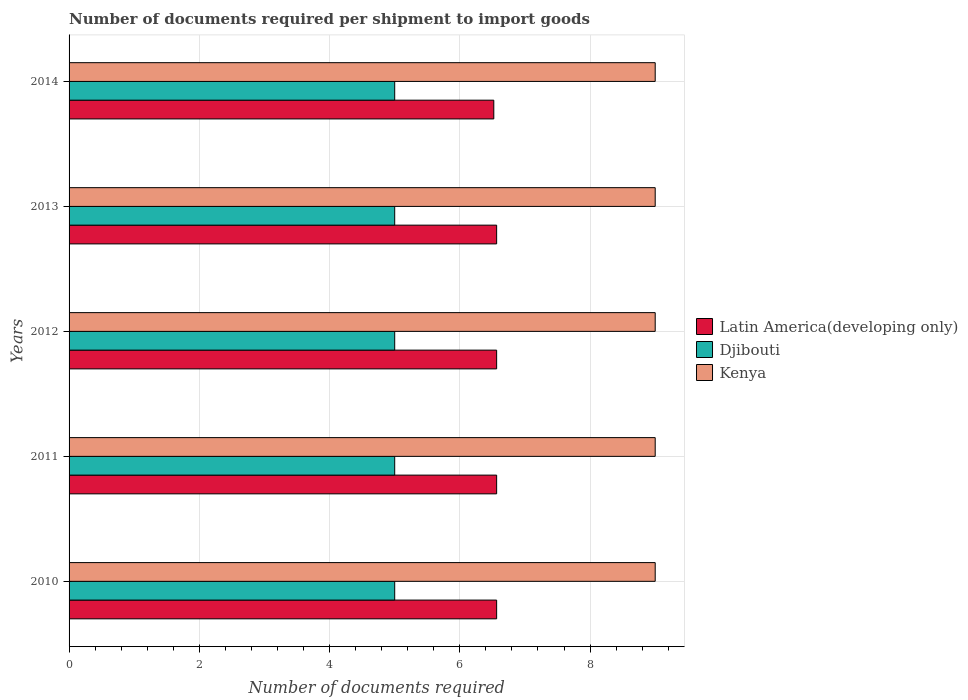
| Years | Latin America(developing only) | Djibouti | Kenya |
 | --- | --- | --- | --- |
 | 2010 | 6.57 | 5 | 9 |
 | 2011 | 6.57 | 5 | 9 |
 | 2012 | 6.57 | 5 | 9 |
 | 2013 | 6.57 | 5 | 9 |
 | 2014 | 6.52 | 5 | 9 |